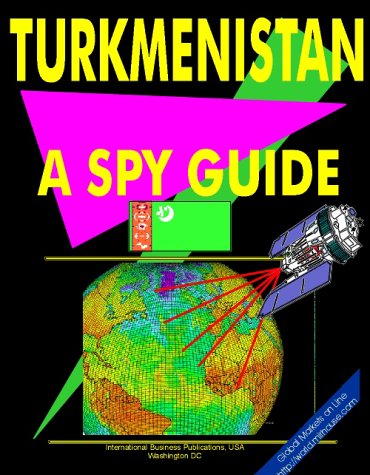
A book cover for Turkmenistan: A "Spy" Guide (World "Spy" Guide Library); Ibp Usa; Travel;